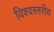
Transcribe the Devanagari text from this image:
विश्‍वस्तरीय